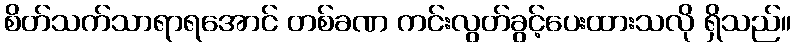
စိတ်သက်သာရာရအောင် တစ်ခဏ ကင်းလွတ်ခွင့်ပေးထားသလို ရှိသည်။